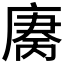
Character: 𫷻